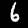
Label: 6